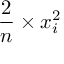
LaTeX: { \frac { 2 } { n } } \times x _ { i } ^ { 2 }